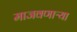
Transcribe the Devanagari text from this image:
माजवणाऱ्या